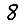
Digit: 8